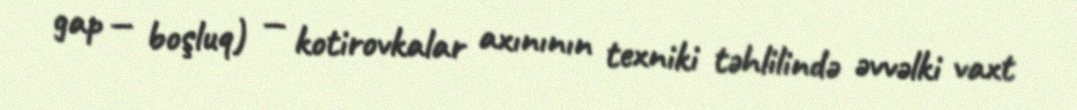
gap — boşluq) — kotirovkalar axınının texniki təhlilində əvvəlki vaxt